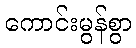
ကောင်းမွန်စွာ